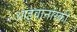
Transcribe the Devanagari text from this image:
आइवानोस्की